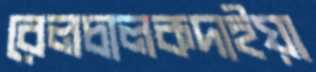
রেলচালকদাইয়া